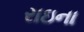
રાઇના